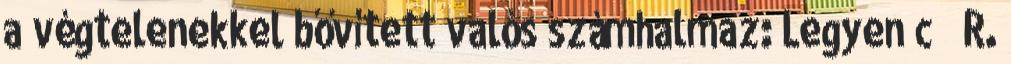
a végtelenekkel bővített valós számhalmaz: Legyen c ∈ R.